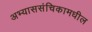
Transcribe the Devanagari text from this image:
अभ्याससंचिकामधील